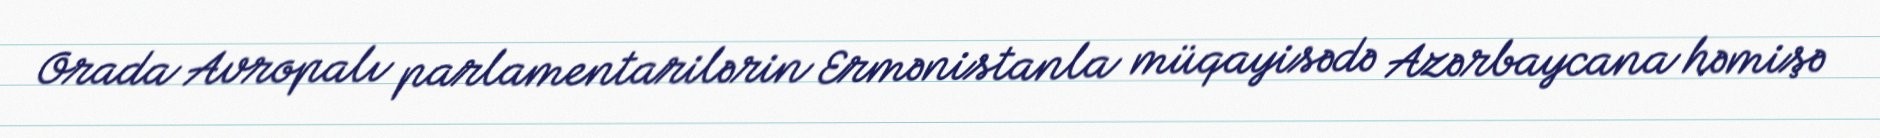
Orada Avropalı parlamentarilərin Ermənistanla müqayisədə Azərbaycana həmişə